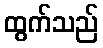
ထွက်သည်